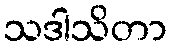
သဒါသိတာ